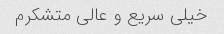
خیلی سریع و عالی متشکرم